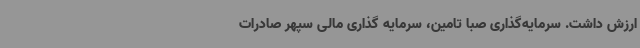
ارزش داشت. سرمایه‌گذاری صبا تامین، سرمایه‌ گذاری مالی سپهر صادرات